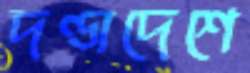
দণ্ডাদেশে